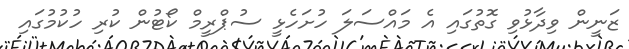
ޒަނީން ވިދާޅުވި ގޮތުގައި އެ މައްސަލަ ހުށަހެޅީ ސުޕްރީމް ކޯޓުން ކުރި ހުކުމުގައި